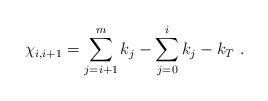
LaTeX: \begin{align*}\chi_{i, i+1} =\sum_{j=i+1}^m k_j - \sum_{j=0}^i k_j - k_T ~.~ \,\end{align*}